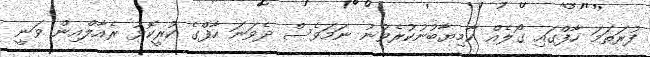
ފުރަތަމަ ހާފްގައި ގޯލެއް ކާމިޔާބުނުކުރެވުނު ނަމަވެސް ދެވަނަ ހާފްގެ ކުރީކޮޅު ރެއާލްއިން ވަނީ